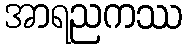
အာရညကဿ